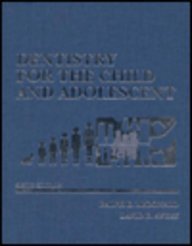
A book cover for Dentistry for the Child and Adolescent; Ralph E. McDonald; Medical Books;